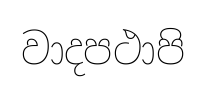
වාදපථාපි